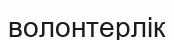
волонтерлік